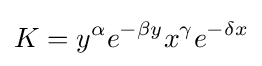
K=y^{\alpha }e^{-\beta y}x^{\gamma }e^{-\delta x}